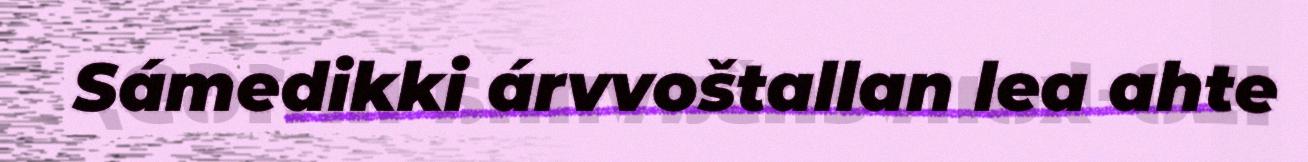
Sámedikki árvvoštallan lea ahte